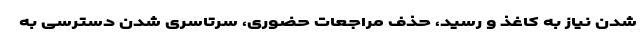
شدن نیاز به کاغذ و رسید، حذف مراجعات حضوری، سرتاسری شدن دسترسی به